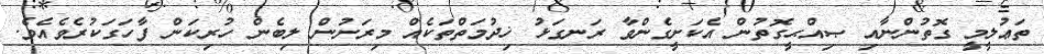
ތަޢުލީމީ ގޮތުންނާއި ޞިއްޙީގޮތުން އެކަށީގެންވާ ރަނގަޅު ޚިދުމަތްތަކެއް މިރަށުން ލިބެން ހުރިކަން ފާހަގަކުރެވެއެވެ.